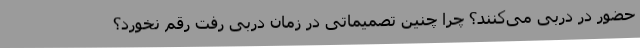
حضور در دربی می‌کنند؟ چرا چنین تصمیماتی در زمان دربی رفت رقم نخورد؟